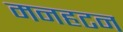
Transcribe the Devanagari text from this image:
मनहटन